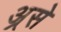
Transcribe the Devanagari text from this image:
अ्रसे